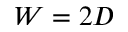
W = 2 D